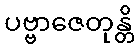
ပဗ္ဗာဇေတုန္တိ